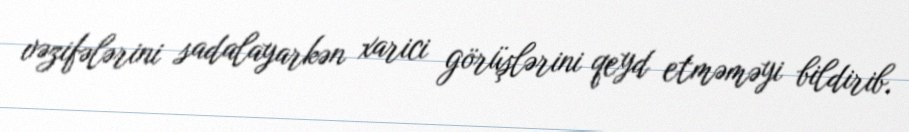
vəzifələrini sadalayarkən xarici görüşlərini qeyd etməməyi bildirib.